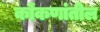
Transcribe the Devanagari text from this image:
कोंकणांतील